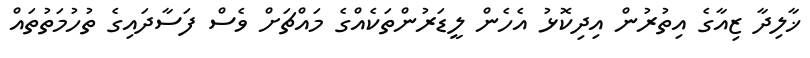
ޚާލިދާ ޒިއާގެ އިތުރުން އިދިކޮޅު އެހެން ލީޑަރުންތަކެއްގެ މައްޗަށް ވެސް ފަސާދައިގެ ތުހުމަތުތައް